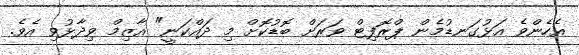
އެހެންވެ އަޅުގަނޑުމެން ޕްރޮފިޓް ވަރަށް ބޮޑުކޮށް މި ދައްކަނީ" އާޒިމް ވިދާޅުވި އެވެ.